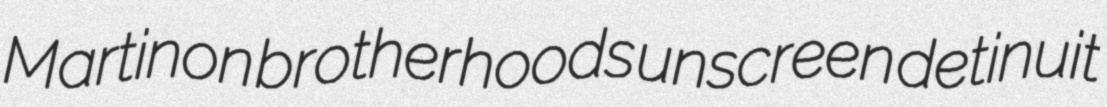
Martinon brotherhoods unscreen detinuit